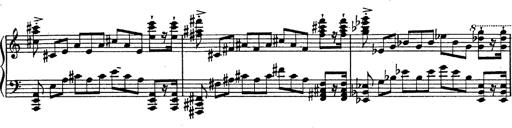
Title: Fantasie Ã¼ber Themen aus Mozarts Figaro und Don Giovanni
Composer: Franz Liszt